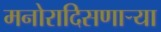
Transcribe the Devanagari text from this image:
मनोरादिसणार्‍या